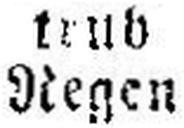
Regen